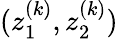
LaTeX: (z_{1}^{(k)},z_{2}^{(k)})